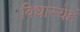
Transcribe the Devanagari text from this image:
विधास्येहं